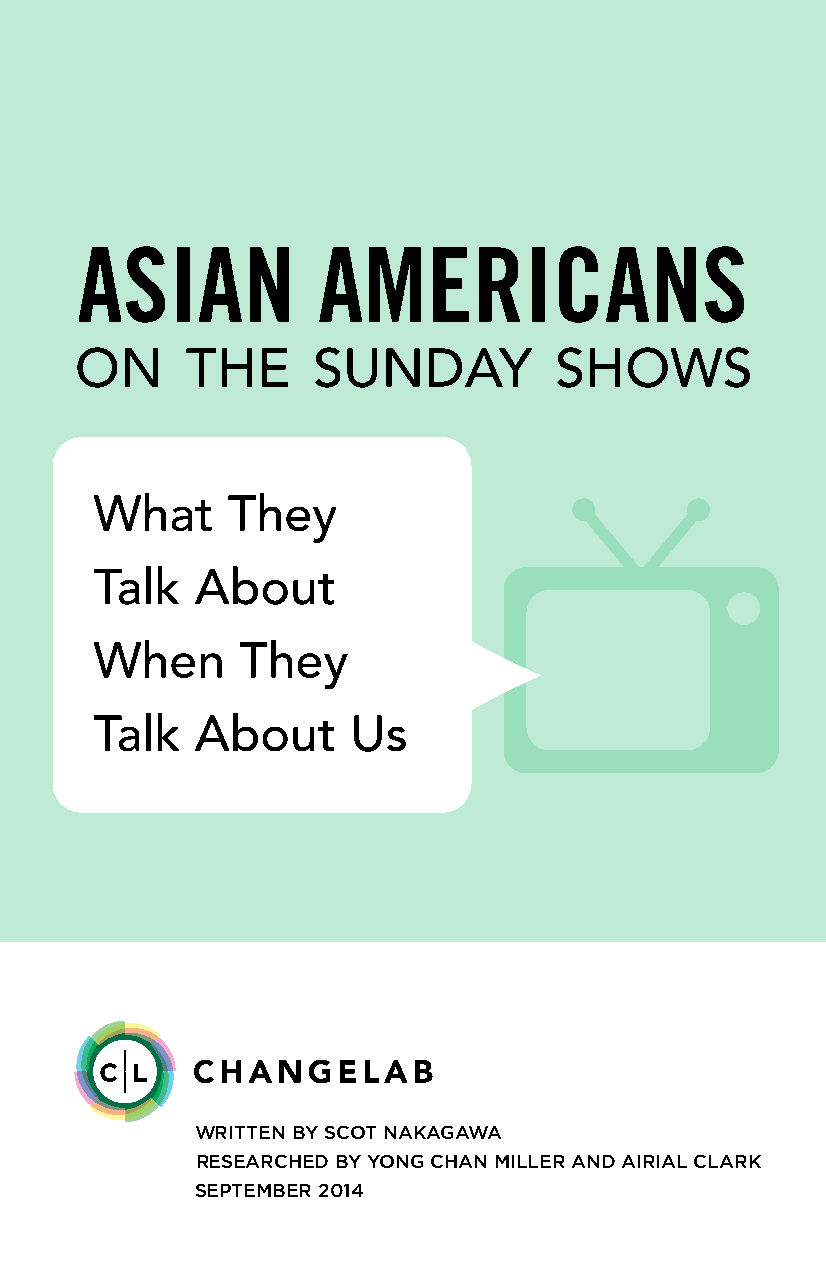
ASIAN           AMERICANS
 ON     THE      SUNDAY          SHOWS
 What     They
 Talk   About
 When      They
 Talk   About     Us
 WRITTEN BY SCOT NAKAGAWA
 RESEARCHED BY YONG CHAN MILLER AND AIRIAL CLARK
 SEPTEMBER 2014